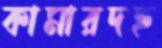
কামারদহ